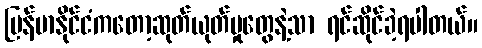
မြန်မာနိုင်ငံကတော့ဆုတ်ယုတ်မှုတွေနဲ့သာ ရင်ဆိုင်ခဲ့ရပါတယ်။